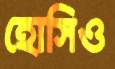
হোসিও